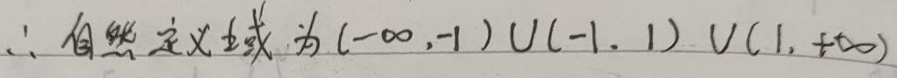
$\therefore $自然定义域为$(-\infty,-1)\cup(-1,1)\cup(1,+\infty)$